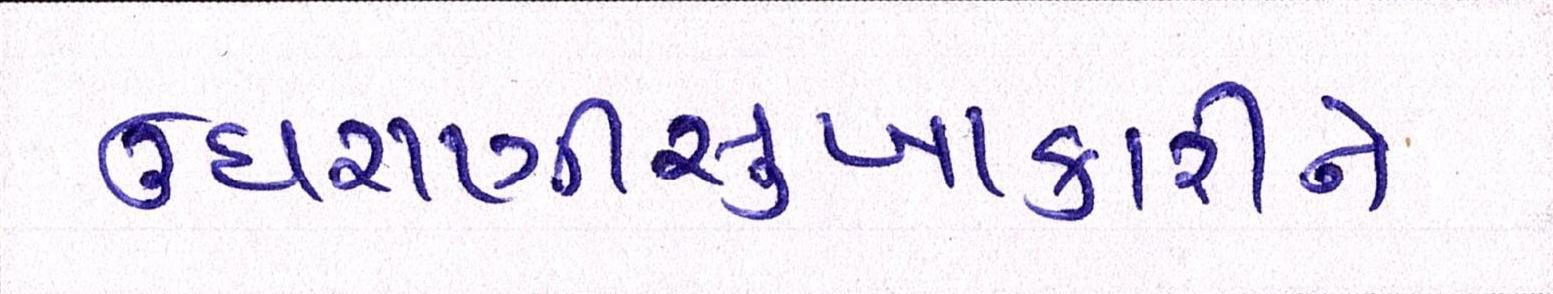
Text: ઉઘરાણીસુખાકારીને